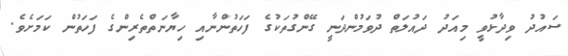
ސައުދު ވިދާޅުވީ މިއަދު ދައުލަތް ދުވަމުންދަނީ ގޭންގުތަކުގެ ފަހަތުންނާއި ހިޔާނަތްތެރިންގެ ފަހަތުން ކަމަށެވެ.